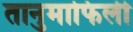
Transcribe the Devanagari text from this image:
तानुमाफिली